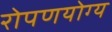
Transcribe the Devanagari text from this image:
रोपणयोग्य